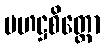
ပဟဋ္ဌစိတ္တော